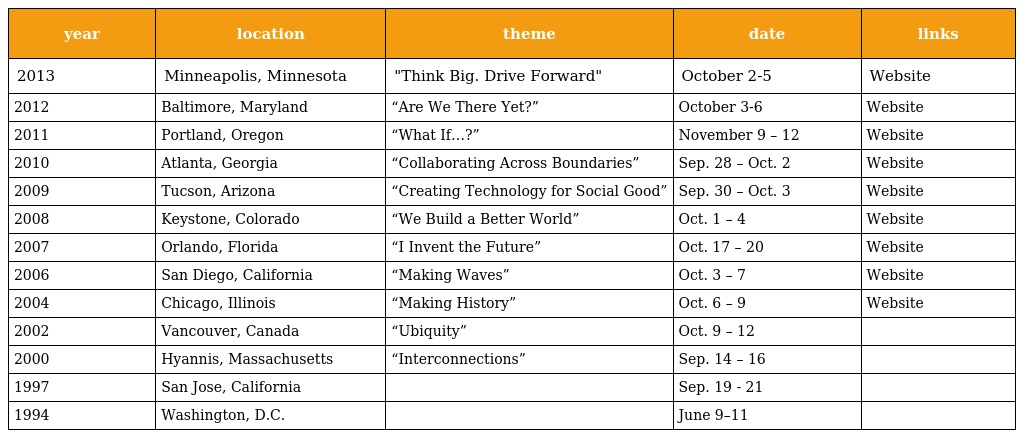
| year | location | theme | date | links |
 | --- | --- | --- | --- | --- |
 | 2013 | Minneapolis, Minnesota | "Think Big. Drive Forward" | October 2-5 | Website |
 | 2012 | Baltimore, Maryland | “Are We There Yet?” | October 3-6 | Website |
 | 2011 | Portland, Oregon | “What If…?” | November 9 – 12 | Website |
 | 2010 | Atlanta, Georgia | “Collaborating Across Boundaries” | Sep. 28 – Oct. 2 | Website |
 | 2009 | Tucson, Arizona | “Creating Technology for Social Good” | Sep. 30 – Oct. 3 | Website |
 | 2008 | Keystone, Colorado | “We Build a Better World” | Oct. 1 – 4 | Website |
 | 2007 | Orlando, Florida | “I Invent the Future” | Oct. 17 – 20 | Website |
 | 2006 | San Diego, California | “Making Waves” | Oct. 3 – 7 | Website |
 | 2004 | Chicago, Illinois | “Making History” | Oct. 6 – 9 | Website |
 | 2002 | Vancouver, Canada | “Ubiquity” | Oct. 9 – 12 |  |
 | 2000 | Hyannis, Massachusetts | “Interconnections” | Sep. 14 – 16 |  |
 | 1997 | San Jose, California |  | Sep. 19 - 21 |  |
 | 1994 | Washington, D.C. |  | June 9–11 |  |